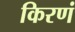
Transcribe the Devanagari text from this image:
किरणं